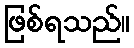
ဖြစ်ရသည်။